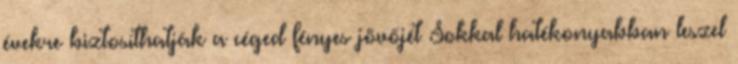
évekre biztosíthatják a céged fényes jövőjét Sokkal hatékonyabban leszel